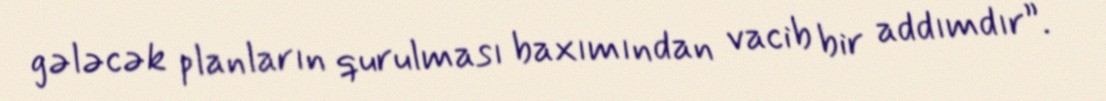
gələcək planların qurulması baxımından vacib bir addımdır”.